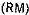
(RM)